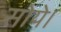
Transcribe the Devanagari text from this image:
सोये।